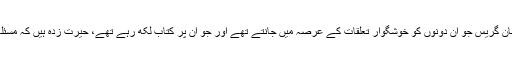
گارڈین کے صحافی جان گریس جو ان دونوں کو خوشگوار تعلقات کے عرصہ میں جانتے تھے اور جو ان پر کتاب لکھ رہے تھے، حیرت زدہ ہیں کہ مسئلہ کہاں سے شروع ہوا۔